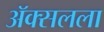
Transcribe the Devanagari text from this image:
ॲक्सलला